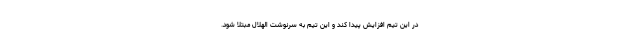
در این تیم افزایش پیدا کند و این تیم به سرنوشت الهلال مبتلا شود.